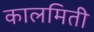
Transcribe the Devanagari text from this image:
कालमिती